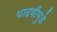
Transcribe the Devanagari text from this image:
यादवीमुळे